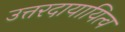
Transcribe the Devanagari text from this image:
उत्तरदायायित्व